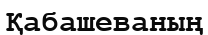
Қабашеваның